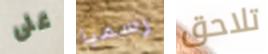
على رسميا تلاحق